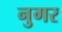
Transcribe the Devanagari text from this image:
नुगर